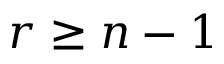
r \geq n - 1